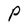
Character: P